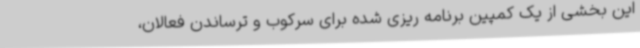
این بخشی از یک کمپین برنامه ریزی شده برای سرکوب و ترساندن فعالان،